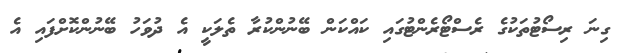
ގިނަ ރިސޯޓުތަކުގެ ރެސްޓޯރެންޓުގައި ކައްކަން ބޭނުންކުރާ ތެލަކީ އެ ދުވަހު ބޭނުންކޮށްފައި އެ